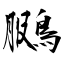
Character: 鵩